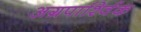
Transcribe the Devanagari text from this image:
अग्रपार्श्विक